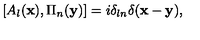
[ A _ { l } ( { \bf x } ) , \Pi _ { n } ( { \bf y } ) ] = i \delta _ { l n } \delta ( { \bf x - y } ) ,